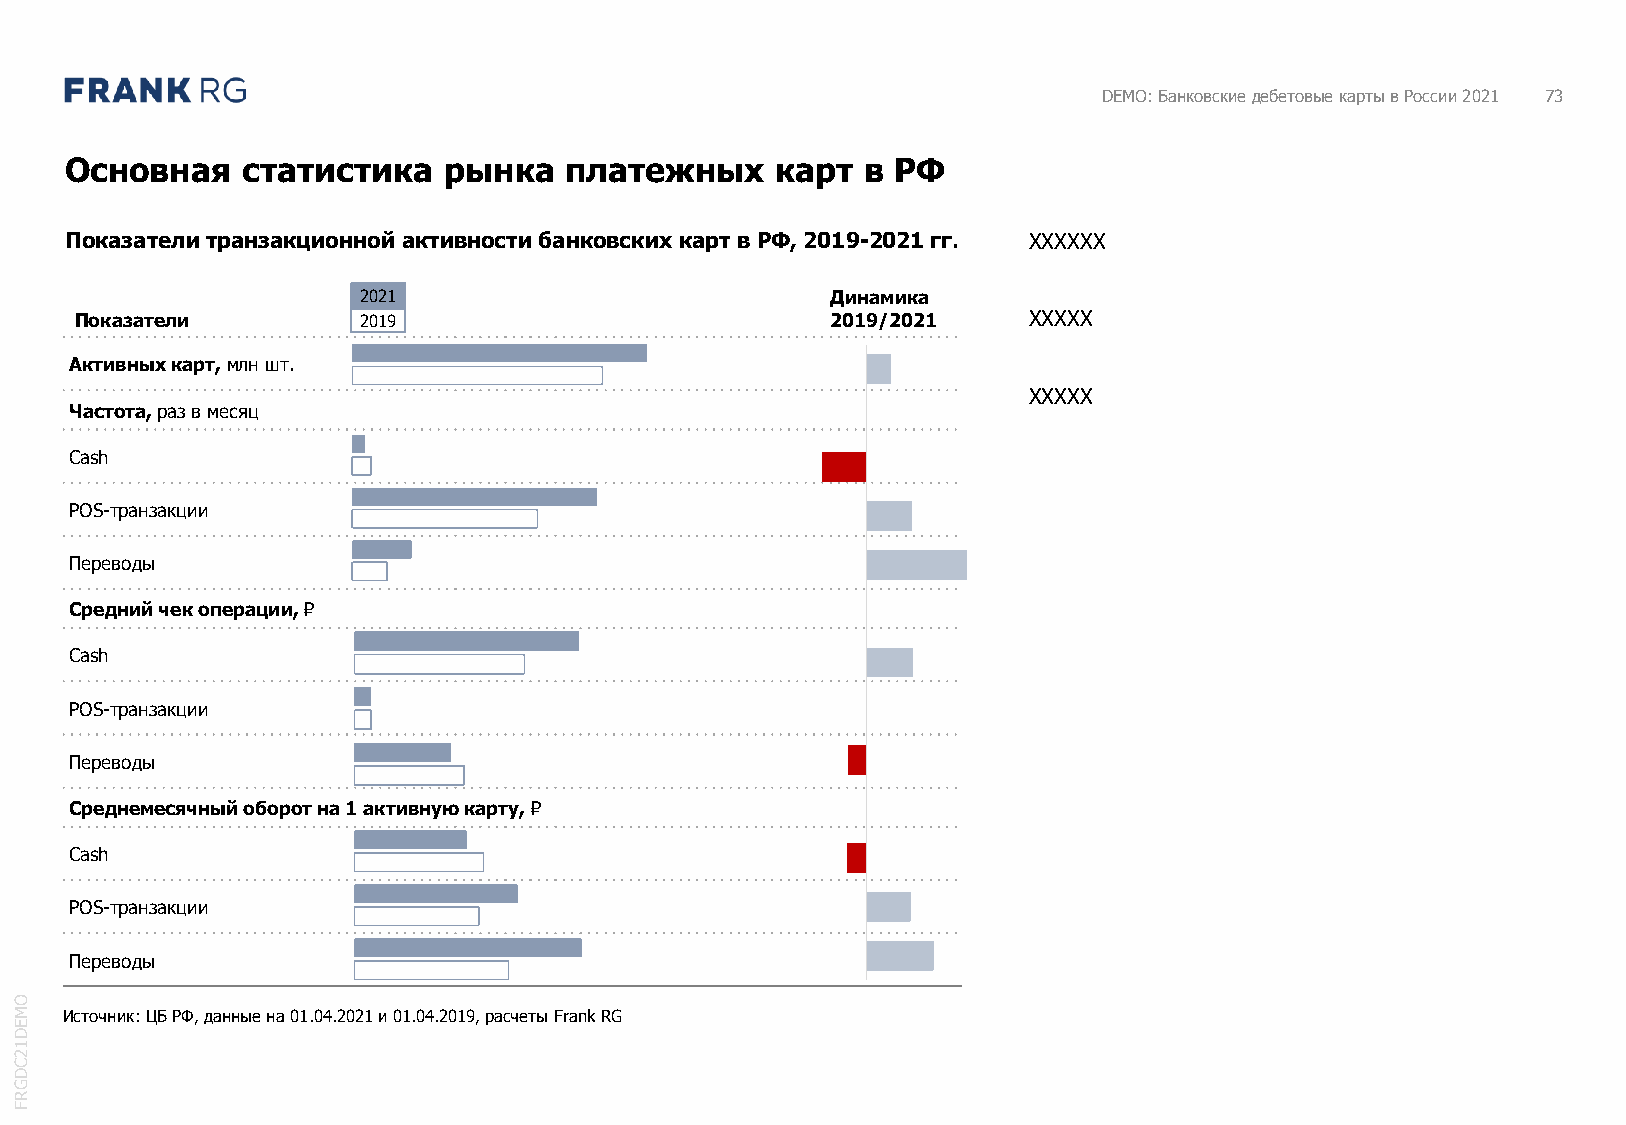
DEMO: Банковские дебетовые карты в России 2021 73
 Основная    статистика   рынка   платежных     карт  в РФ
 Показатели транзакционной активности банковских карт в РФ, 2019-2021 гг. XXXXXX
 2021                           Динамика
 Показатели         2019                           2019/2021    XXXXX
 Активных карт, млн шт.
 XXXXX
 Частота, раз в месяц
 Cash
 POS-транзакции
 Переводы
 Средний чек операции, ₽
 Cash
 POS-транзакции
 Переводы
 Среднемесячный оборот на 1 активную карту,₽
 Cash
 POS-транзакции
 Переводы
 O
 M  Источник: ЦБ РФ, данные на 01.04.2021 и 01.04.2019, расчеты FrankRG
 E
 D
 1
 2
 C
 D
 G
 R
 F